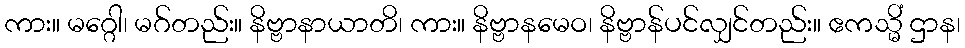
ကား။ မဂ္ဂေါ၊ မဂ်တည်း။ နိဗ္ဗာနာယာတိ၊ ကား။ နိဗ္ဗာနမေဝ၊ နိဗ္ဗာန်ပင်လျှင်တည်း။ ဧကသ္မိံ ဌာန၊